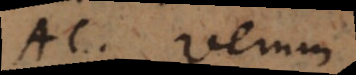
AC. Verum